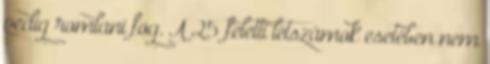
pedig romlani fog. A 25 feletti létszámok esetében nem